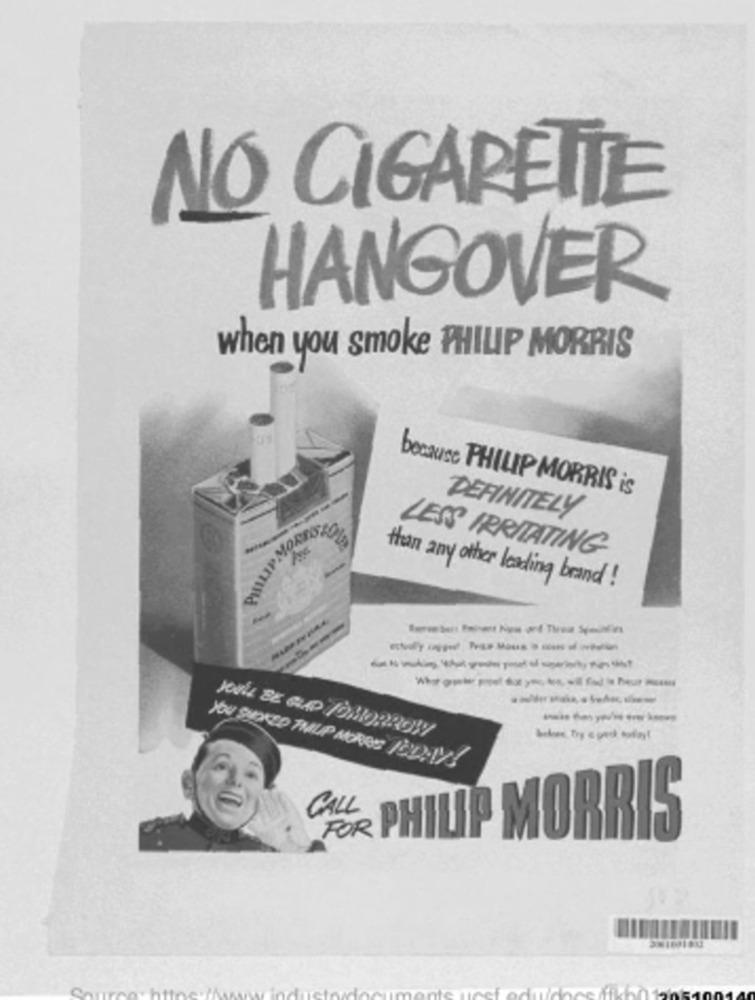
NO CIGARETTE
HANGOVER
when you smoke PHILIP MORRIS
because PHILIP MORRIS is
DEFINITELY
--
Pinzar MORRO
LESS IRRITATING
than any other leading brand !
------
----------
----------
You SUDKED THUP MOREE TODAWY!
CALL
FOR
PHILIP MORRIS
ochttoc //wwwindus
ten